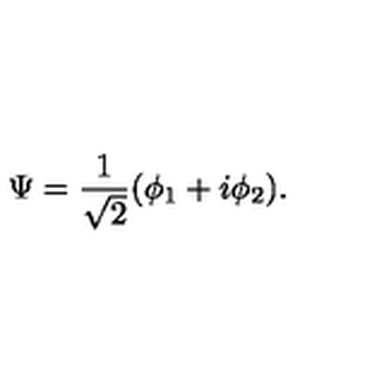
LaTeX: \Psi = \frac { 1 } { \sqrt { 2 } } ( \phi _ { 1 } + i \phi _ { 2 } ) .